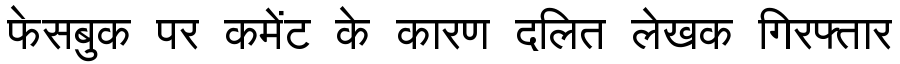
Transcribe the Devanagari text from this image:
फेसबुक पर कमेंट के कारण दलित लेखक गिरफ्तार